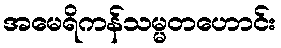
အမေရိကန်သမ္မတဟောင်း